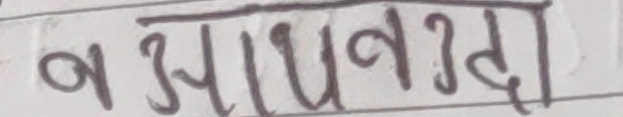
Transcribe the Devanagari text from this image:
बाधनगदा